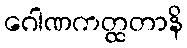
ဂေါဏကတ္ထတာနိ